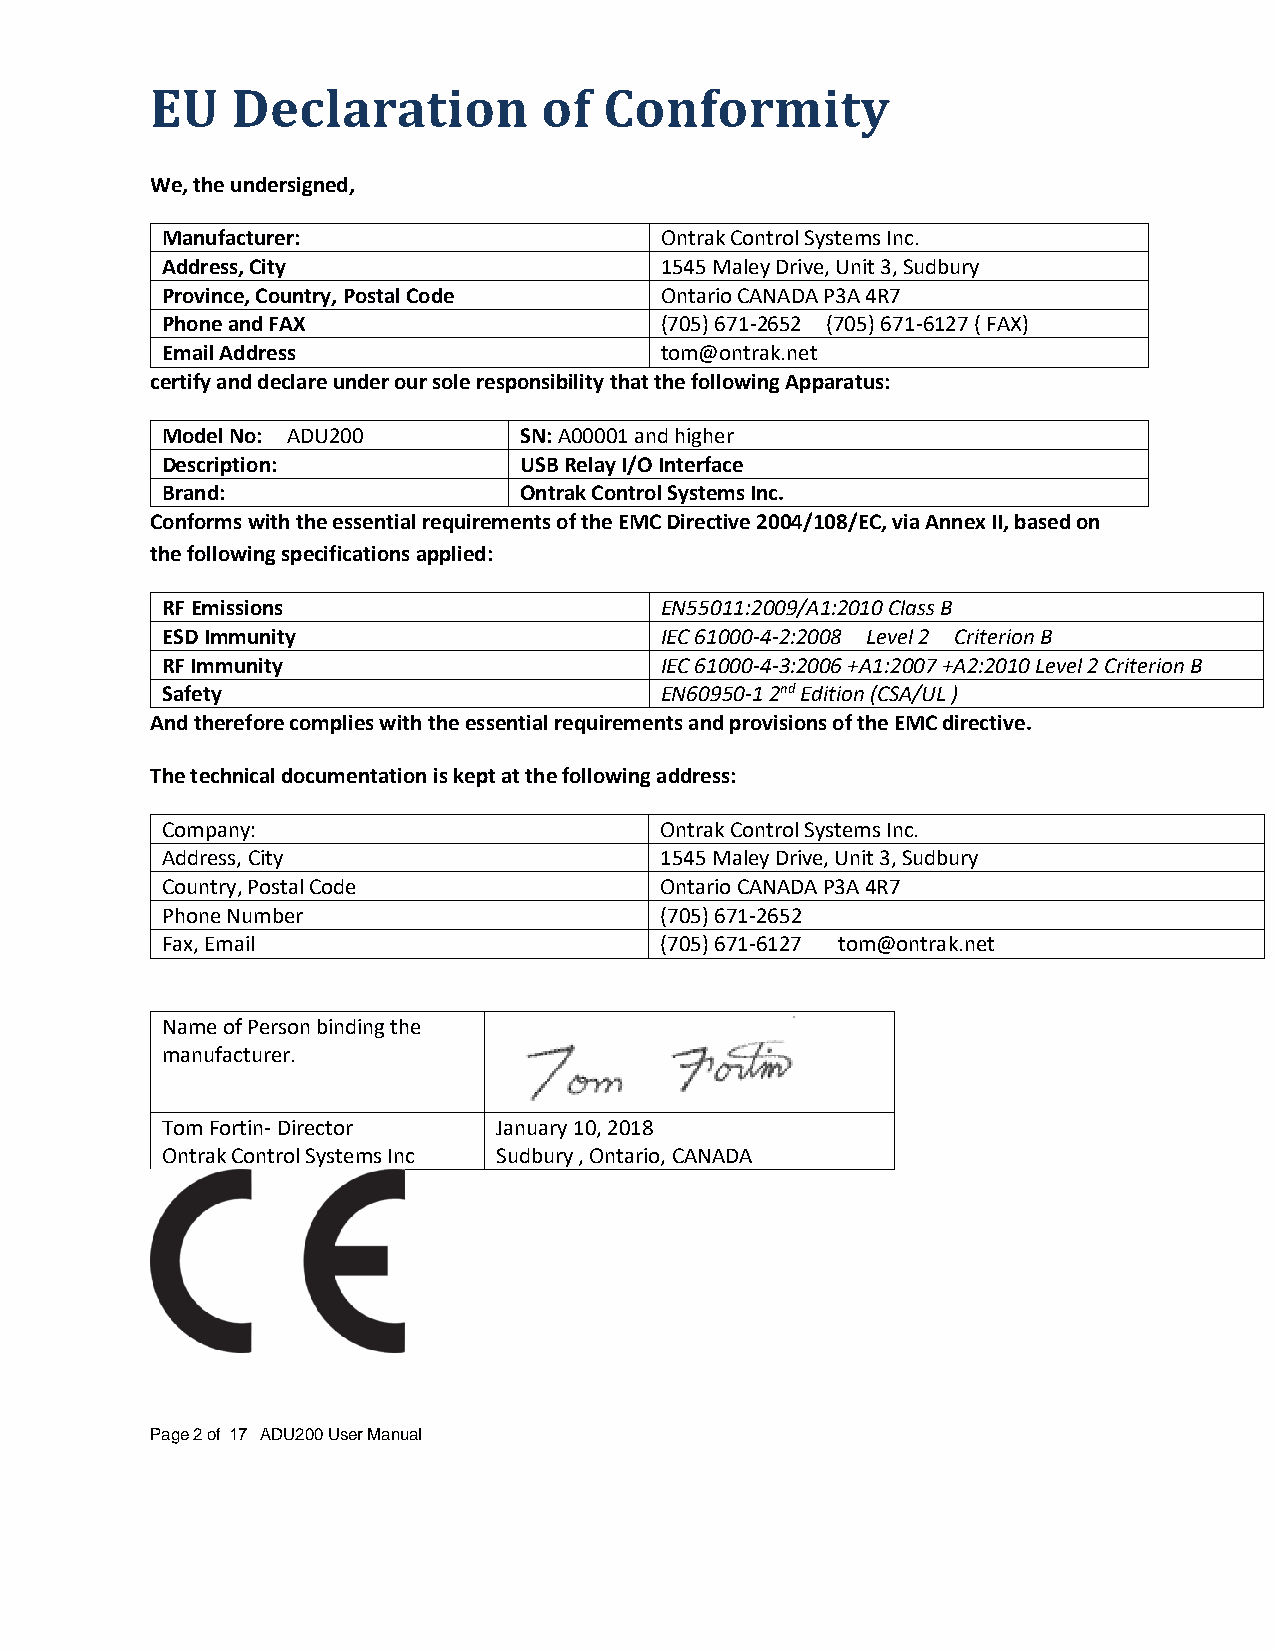
EU   Declaration          of  Conformity
 We, the undersigned,
 Manufacturer:                    Ontrak Control Systems Inc.
 Address, City                    1545 Maley Drive, Unit 3, Sudbury
 Province, Country, Postal Code   Ontario CANADA P3A 4R7
 Phone and FAX                    (705) 671-2652 (705) 671-6127 ( FAX)
 Email Address                    tom@ontrak.net
 certify and declare under our sole responsibility that the following Apparatus:
 Model No: ADU200       SN: A00001 and higher
 Description:           USB Relay I/O Interface
 Brand:                 Ontrak Control Systems Inc.
 Conforms with the essential requirements of the EMC Directive 2004/108/EC, via Annex II, based on
 the following specifications applied:
 RF Emissions                     EN55011:2009/A1:2010 Class B
 ESD Immunity                     IEC 61000-4-2:2008 Level 2 Criterion B
 RF Immunity                      IEC 61000-4-3:2006 +A1:2007 +A2:2010 Level 2 Criterion B
 Safety                           EN60950-1 2nd Edition (CSA/UL )
 And therefore complies with the essential requirements and provisions of the EMC directive.
 The technical documentation is kept at the following address:
 Company:                         Ontrak Control Systems Inc.
 Address, City                    1545 Maley Drive, Unit 3, Sudbury
 Country, Postal Code             Ontario CANADA P3A 4R7
 Phone Number                     (705) 671-2652
 Fax, Email                       (705) 671-6127 tom@ontrak.net
 Name of Person binding the
 manufacturer.
 Tom Fortin- Director  January 10, 2018
 Ontrak Control Systems Inc Sudbury , Ontario, CANADA
 Page 2 of 17 ADU200 User Manual